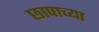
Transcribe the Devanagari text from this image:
छापाच्या